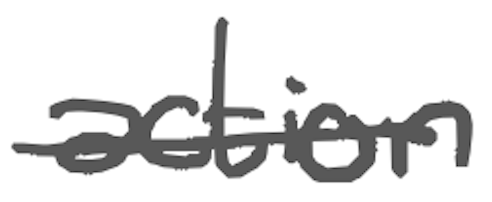
Text: action
Cross-out: single-line
Writing tool: digital_gray